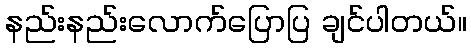
နည်းနည်းလောက်ပြောပြ ချင်ပါတယ်။